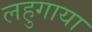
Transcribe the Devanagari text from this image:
लहुगाया